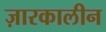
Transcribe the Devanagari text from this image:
ज़ारकालीन